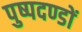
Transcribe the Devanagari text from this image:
पुष्पदण्डों